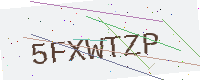
Text: 5FXWTZP